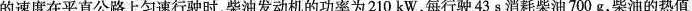
的速度在平直公路上匀速行驶时，柴油发动机的功率为210kW，每行驶43s消耗柴油700g，柴油的热值